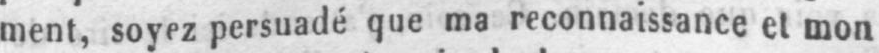
ment, soyez persuadé que ma reconnaissance et mon